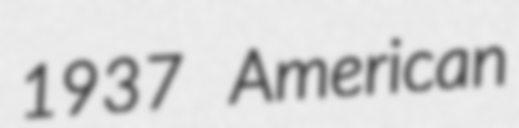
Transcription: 1937 American